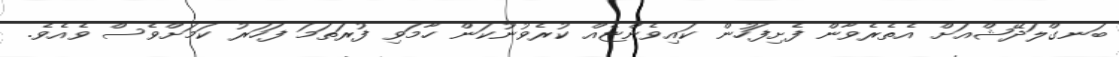
ބަނގްލަދޭޝްއަށް އެތެރެވާން ފެށިފަހުން ކައިވެންޏެއް ކުރެވުނުކަން ހާމަވި ފުރަތަމަ ފަހަރު ކަމަށްވެސް ވެއެވެ.